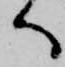
へ